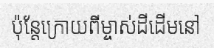
ប៉ុន្តែក្រោយពីម្ចាស់ដីដើមនៅ